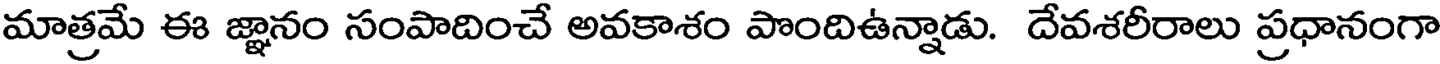
మాత్రమే ఈ జ్ఞానం సంపాదించే అవకాశం పొందిఉన్నాడు. దేవశరీరాలు ప్రధానంగా